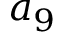
a _ { 9 }